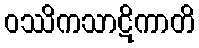
ဝဿိကသာဋိကာတိ